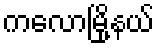
ကလောမြို့နယ်